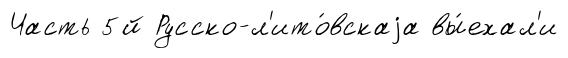
Часть 5й Русско-л'ито́вскаjа вы́ехал'и